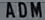
ADM